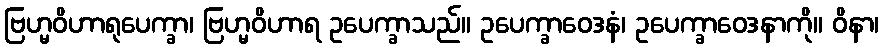
ဗြဟ္မဝိဟာရုပေက္ခာ၊ ဗြဟ္မဝိဟာရ ဥပေက္ခာသည်။ ဥပေက္ခာဝေဒနံ၊ ဥပေက္ခာဝေဒနာကို။ ဝိနာ၊